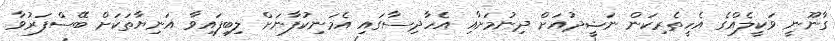
ގާނޫނީ ވަކީލެއްގެ އެހީތެރިކަން ނަޝީދުއަށް ދިނުމަށާއި އެހާދިސާގައި އެމަނިކުފާނަށް ލިބިފައިވާ އަނިޔާތަކަށް ބޭސްފަރުވާ